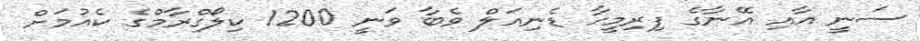
ސަނީ އާއި އޭނާގެ ފިރިމީހާ ޑެނިއަލް ވެބާ ވަނީ 1200 ކިލޯގްރާމްގެ ކެއުމަށް